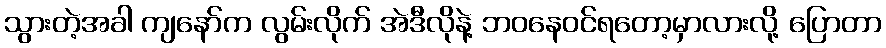
သွားတဲ့အခါ ကျနော်က လွမ်းလိုက် အဲဒီလိုနဲ့ ဘဝနေဝင်ရတော့မှာလားလို့ ပြောတာ